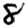
Digit: 8